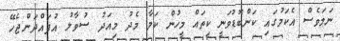
ނަމަވެސް އެކަމުގައި ކަންބޮޑުވަނީ ކިތައް މީހުން ކަމާ މެދު މިއަދު ސުވާލު އުފައްދަންޖެހޭ